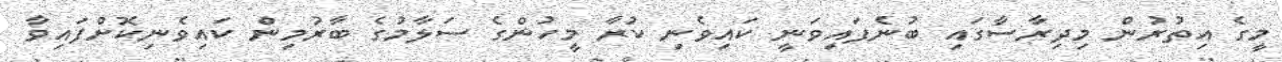
މީގެ އިތުރުން މިދިރާސާގައި ބުނެފައިވަނީ ކައިވެނި ކުރާ މީހުންގެ ސަލާމުގެ ބާރުމިން ކައިވެނިކޮށްފައިވާ